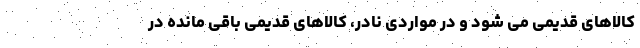
کالاهای قدیمی می شود و در مواردی نادر، کالاهای قدیمی باقی مانده در